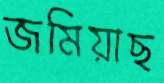
জমিয়াছ